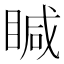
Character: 䁍